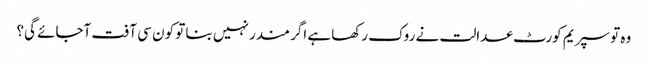
وہ تو سپریم کورٹ عدالت نے روک رکھا ہے اگر مندر نہیں بنا تو کون سی آفت آجائے گی؟